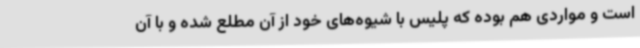
است و مواردی هم بوده که پلیس با شیوه‌های خود از آن مطلع شده و با آن